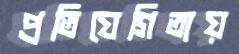
প্রতিযেগিতায়